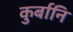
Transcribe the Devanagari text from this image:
कुर्बानि